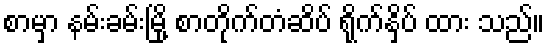
စာမှာ နမ်းခမ်းမြို့ စာတိုက်တံဆိပ် ရိုက်နှိပ် ထား သည်။